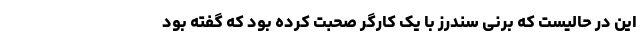
این در حالیست که برنی سندرز با یک کارگر صحبت کرده بود که گفته بود